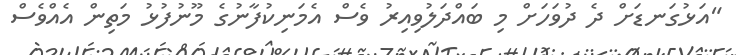
"އަޅުގަނޑަށް ދެ ދުވަހަށް މި ބައްދަލުވިއިރު ވެސް އެމަނިކުފާނުގެ މޫނުފުޅު މަތިން އެއްވެސް